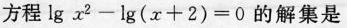
方程 lg x^{2}-1 g(x+2)=0的解集是